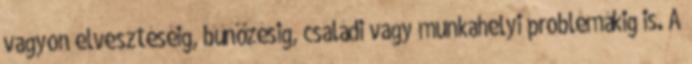
vagyon elvesztéséig, bűnözésig, családi vagy munkahelyi problémákig is. A